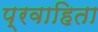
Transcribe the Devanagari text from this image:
प्रवाहिता